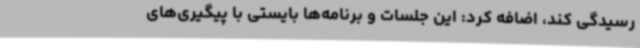
رسیدگی کند، اضافه کرد: این جلسات و برنامه‌ها بایستی با پیگیری‌های